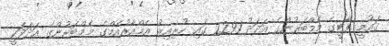
ގައުމީ ޕާޓީގެ މެމްބަރުންގެ އަދަދު 2291 ގައި ހުރިއިރު އެމްއާރުއެމްގެ މެމްބަރުންގެ އަދަދަކީ